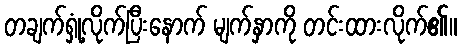
တချက်ရှုံ့လိုက်ပြီးနောက် မျက်နှာကို တင်းထားလိုက်၏။